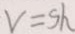
V = s h